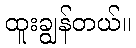
ထူးချွန်တယ်။